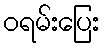
ဝရမ်းပြေး